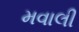
મવાલી